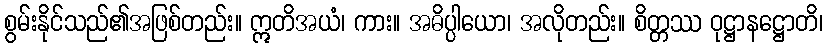
စွမ်းနိုင်သည်၏အဖြစ်တည်း။ ဣတိအယံ၊ ကား။ အဓိပ္ပါယော၊ အလိုတည်း။ စိတ္တဿ ဝုဋ္ဌာနဋ္ဌောတိ၊